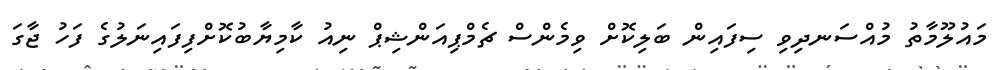
މައުލޫމާތު މުއްސަނދިވި ސިފައިން ބަލިކޮށް ވިމެންސް ޗެމްޕިއަންޝިޕް ނިއު ކާމިޔާބުކޮށްފިފައިނަލުގެ ފަހު ޖާގަ